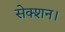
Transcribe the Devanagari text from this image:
सेक्शन।